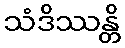
သံဒိဿန္တိ